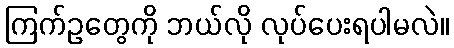
ကြက်ဥတွေကို ဘယ်လို လုပ်ပေးရပါမလဲ။